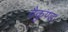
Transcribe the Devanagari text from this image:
वैकुण्ड